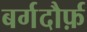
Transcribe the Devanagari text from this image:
बर्गदौर्फ़